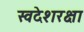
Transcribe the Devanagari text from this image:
स्वदेशरक्षा